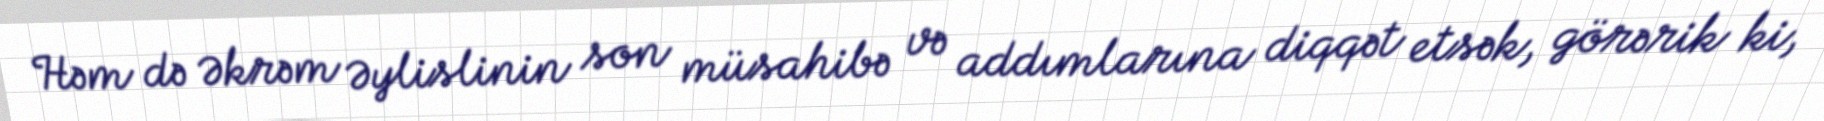
Həm də Əkrəm Əylislinin son müsahibə və addımlarına diqqət etsək, görərik ki,